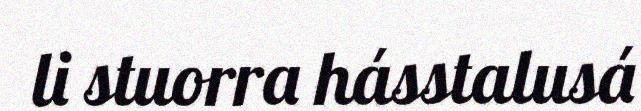
li stuorra hásstalusá